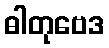
ဓါတုဗေဒ